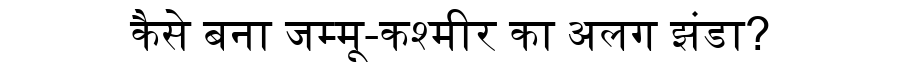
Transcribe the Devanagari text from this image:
कैसे बना जम्मू-कश्मीर का अलग झंडा?